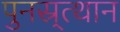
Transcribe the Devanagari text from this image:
पुनस्र्त्थान